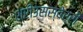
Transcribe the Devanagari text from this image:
श्रीउसस्बेर्री